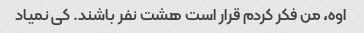
اوه، من فکر کردم قرار است هشت نفر باشند. کی نمیاد